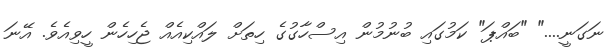
ނަގަނީ...." "ބައްޕަ" ކަމުގައި ބުނުމުން އިސްހާގުގެ ހިތަށް ލައްކިއެއް ޖެހިހެން ހީވިއެވެ. އޭނަ